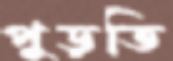
পুড়তি